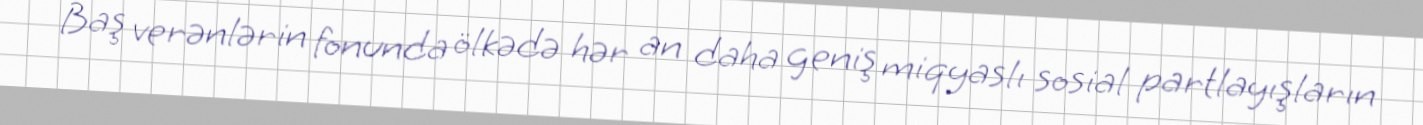
Baş verənlərin fonunda ölkədə hər an daha geniş miqyaslı sosial partlayışların